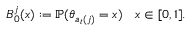
B _ { 0 } ^ { j } ( x ) : = \mathbb { P } ( \theta _ { a _ { t } ( j ) } = x ) \quad x \in [ 0 , 1 ] .